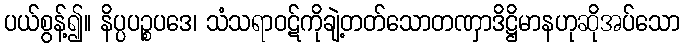
ပယ်စွန့်၍။ နိပ္ပပဉ္စပဒေ၊ သံသရာဝဋ်ကိုချဲ့တတ်သောတဏှာဒိဋ္ဌိမာနဟုဆိုအပ်သော